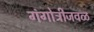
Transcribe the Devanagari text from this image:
गंगोत्रीजवळ